Vital statistics of India. Vol. IV, Annual returns from 1871 to 1876. British Army of India, Native Army and jails of Bengal
Year: 1871
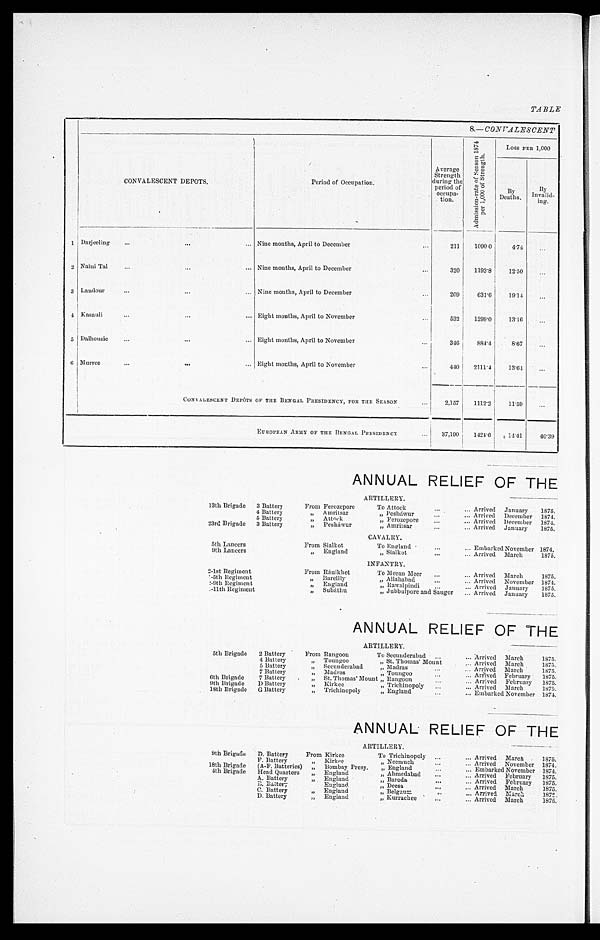
TABLE
8.— CONVALESCENT
CONVALESCENT DEPOTS.
Period of Occupation.
Average
Strength
during the
period of
occupa-
tion.
A d m i s s i o n - r a t e o f S e a s o n 1 8 7 4 p e r 1 , 0 0 0 o f S t r e n g t h .
LOSS PER 1,000
By
Deaths.
By
Invalid-
ing.
1 Darjeeling . . .
Nine months, April to December . . .
211
1090.0
4.74
. . .
2 Naini Tal . . .
Nine months, April to December . . .
320
1193.8
12.50 . . .
3 Landor . . .
Nine months, April to December . . .
209
631.6
19.14
. . .
4 Kasauli . . .
Eight months, April to November . . .
532
1299.0
13.16
. . .
5 Dalhousie . . .
Eight months, April to November . . .
346
884.4
8.67
. . .
6 Murree . . .
Eight months, April to November . . .
4 4 0
2111.4
13.64
. . .
CONVALESCENT DEPÔTS OF THE BENGAL PRESIDENCY, FOR THE SEASON . . .
2,157
1112.2
11.59
. . .
E U R O P E A N A R M Y O F T H E B E N G A L P R E S I D E N C Y . . .
37,190 1424.6
14.41
40.39
ANNUAL RELIEF OF THE
ARTILLERY.
13th Brigade
3 Battery
From Ferozepore
To Attock . . . Arrived January
1875.
4 Battery
"
Amritsar
" Pesháwur . . . Arrived December 1874.
5 Battery
"
Attock
" Ferozepore . . . Arrived December 1874.
23rd Brigade
3 Battery
"
Pesháwur
" Amritsar . . . Arrived January
1875.
CAVALRY.
5th Lancers
From Sialkot
To England . . . Embarked November 1874.
9th Lancers
"
England
" Sialkot . . . Arrived March
1875.
INFANTRY.
2-1st Regiment
From Ránikhet
To Meean Meer . . . Arrived March
1875.
1-5th Regi ment
" Bareilly
" Allahabad . . . Arrived November 1874.
1-9th Regiment
"
England
" Rawalpindi . . . Arrived January
1875.
1-11th Regiment
" Subáthu
" Jubbulpore and Saugor . . . Arrived January
1875.
ANNUAL RELIEF OF THE
ARTILLERY.
5th Brigade
2 Battery
From Rangoon
To Secunderabad . . . Arrived March
1875.
4 Battery
" Toungoo
" St. Thomas' Mount . . . Arrived March
1875.
5 Battery
" Secunderabad
" Madras . . . Arrived March
1875.
7 Battery
" Madras
" Toungoo . . . Arrived February
1875.
6th Brigade
7 Battery
" St. Thomas' Mount " Rangoon . . . Arrived February
1875.
9th Brigade
D Battery
" Kirkee
" Trichinopoly . . . Arrived March
1875.
18th Brigade
G Battery
" Trichinopoly
" England . . . Embarked November 1874.
ANNUAL RELIEF OF THE
ARTILLERY.
9th Brigade
D. Battery
From Kirkee
To Trichinopoly . . . Arrived March . . . 1875.
F. Battery
"
Kirkee
" N e e m u c h . . . Arrived November 1874.
18th Brigade
(A-F. Batteries)
"
Bombay Presy.
" E n g l a n d . . .
Embarked November 1874.
4th Brigade
Head Quarters
"
England
" Ahmedabad . . . Arrived February
1875.
A. Battery
"
England
" Baroda . . . Arrived February
1875.
B. Battey
" England
" Deesa . . . Arrived March
1875.
C. Battery
"
England
" Belgaum . . . Arrived March
1875.
D. Battery
"
England
" Kurrachee . . . Arrived March
1875.